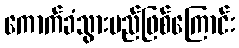
ကောက်ခံသွားမည်ဖြစ်ကြောင်း